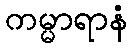
ကမ္မာရာနံ